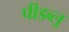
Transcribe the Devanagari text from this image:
पीडब्लू